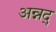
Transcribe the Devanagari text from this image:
अन्नद्